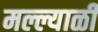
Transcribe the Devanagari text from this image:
मल्ल्याळी